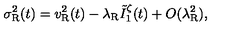
\sigma _ { \mathrm { R } } ^ { 2 } ( t ) = v _ { \mathrm { R } } ^ { 2 } ( t ) - \lambda _ { \mathrm { R } } \tilde { I } _ { 1 } ^ { \zeta } ( t ) + O ( \lambda _ { \mathrm { R } } ^ { 2 } ) ,